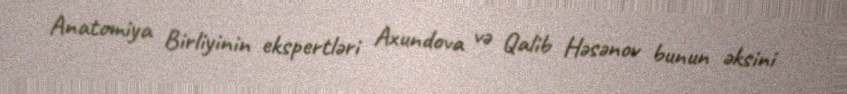
Anatomiya Birliyinin ekspertləri Axundova və Qalib Həsənov bunun əksini